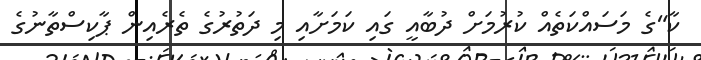
ކާ"ގެ މަސައްކަތެއް ކުރުމަށް ދުބާއީ ގައި ކަމަށާއި މި ދަތުރުގެ ތެރެއިން ޕާކިސްތާނުގެ